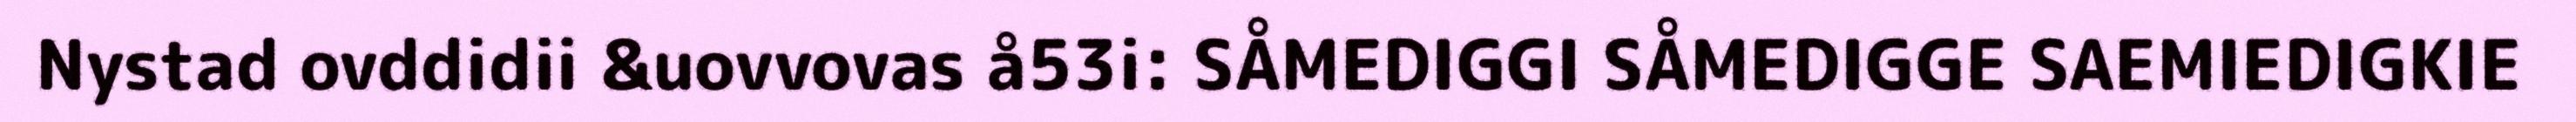
Nystad ovddidii &uovvovas å53i: SÅMEDIGGI SÅMEDIGGE SAEMIEDIGKIE